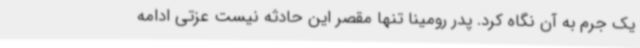
یک جرم به آن نگاه کرد. پدر رومینا تنها مقصر این حادثه نیست عزتی ادامه